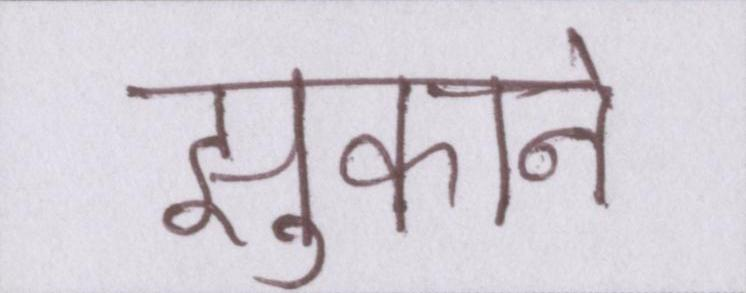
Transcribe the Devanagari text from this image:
झुकाने